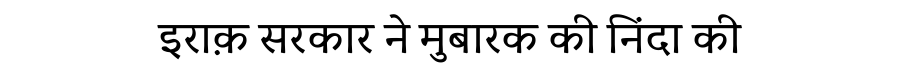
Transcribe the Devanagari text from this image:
इराक़ सरकार ने मुबारक की निंदा की